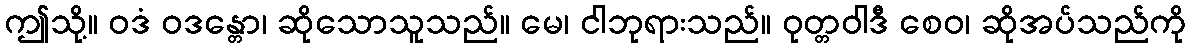
ဤသို့။ ဝဒံ ဝဒန္တော၊ ဆိုသောသူသည်။ မေ၊ ငါဘုရားသည်။ ဝုတ္တဝါဒီ စေဝ၊ ဆိုအပ်သည်ကို